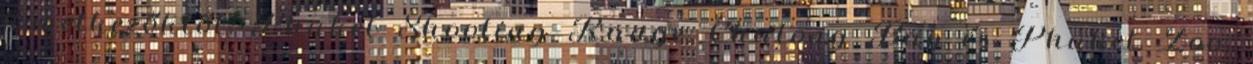
következőktől: Phuket Shooting Range, Chalong Bay és Phuket Zoo.